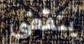
ينقضي